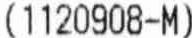
(1120908-M)